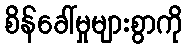
စိန်ခေါ်မှုများစွာကို